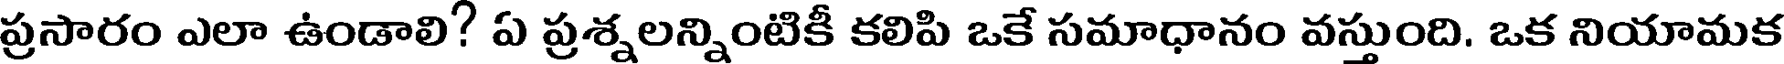
ప్రసారం ఎలా ఉండాలి? ఏ ప్రశ్నలన్నింటికీ కలిపి ఒకే సమాధానం వస్తుంది. ఒక నియామక